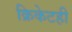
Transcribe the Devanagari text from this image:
क्रिकेटही